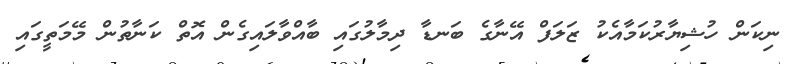
ނިކަން ހުޝިޔާރުކަމާއެކު ޒަލަފް އޭނާގެ ބަނޑާ ދިމާލުގައި ބާއްވާލައިގެން އޮތް ކަނާތުން މޭމަތީގައި